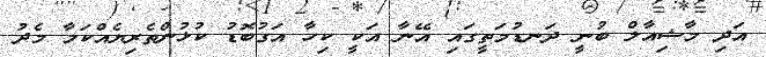
އަދި މާޝިއާލް ބުނީ ދަނޑުމަތީގައި އޭނާ އަކީ ކިހާ އަގުބޮޑު ކުޅުންތެރިޔެއްކަމާ މެދު